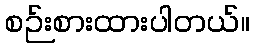
စဉ်းစားထားပါတယ်။